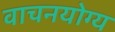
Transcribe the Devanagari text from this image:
वाचनयोग्य